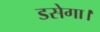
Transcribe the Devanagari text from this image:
डसेगा।